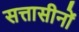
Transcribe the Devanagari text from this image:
सत्तासीनों